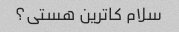
سلام کاترین هستی؟